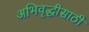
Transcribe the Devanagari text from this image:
अभिवृद्धीसाठी